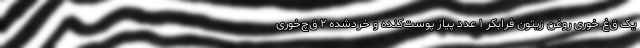
یک ق‌غ خوری روغن زیتون فرابکر ۱ عدد پیاز پوست‌کنده و خردشده ۲ ق‌چ‌خوری